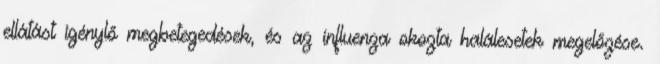
ellátást igénylő megbetegedések, és az influenza okozta halálesetek megelőzése.